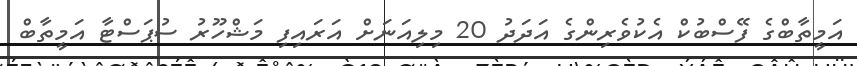
އަމީތާބްގެ ފޭސްބުކް އެކުވެރިންގެ އަދަދު 20 މިލިއަނަށް އަރައިފި މަޝްހޫރު ސުޕަސްޓާ އަމީތާބް